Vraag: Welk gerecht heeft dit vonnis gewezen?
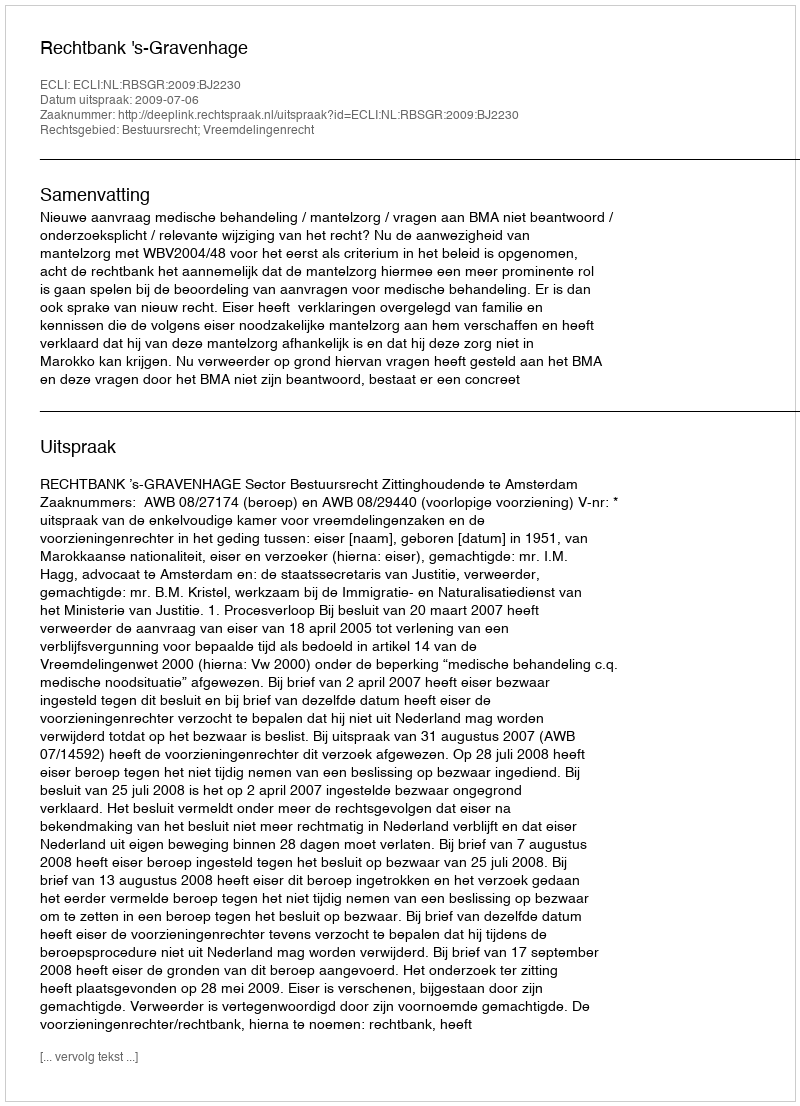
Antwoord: Rechtbank 's-Gravenhage